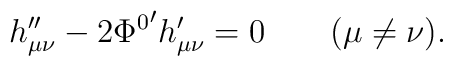
h_{\mu\nu}''-2{\Phi^0}' h_{\mu\nu}' =0 \qquad (\mu \neq \nu ).